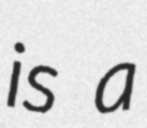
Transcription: is a